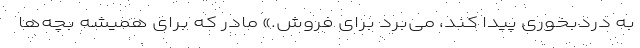
به دردبخوری پیدا کُند، می‌برد برای فروش.» مادر که برای همیشه بچه‌ها